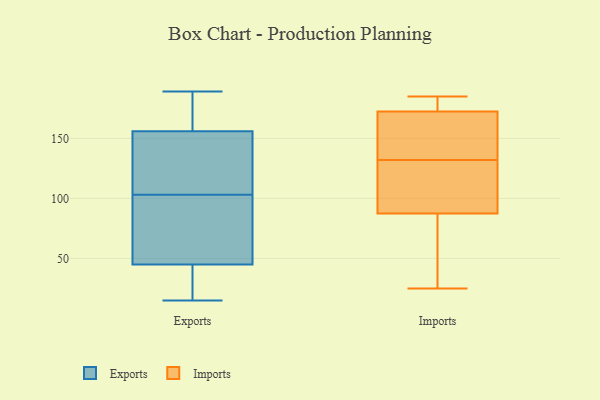
{"axis": {"x": "Website Visitors", "y": "Value"}, "legend": ["Exports", "Imports"], "data": [{"x": "", "y": 189, "type": "Exports"}, {"x": "", "y": 15, "type": "Exports"}, {"x": "", "y": 164, "type": "Exports"}, {"x": "", "y": 181, "type": "Exports"}, {"x": "", "y": 126, "type": "Exports"}, {"x": "", "y": 87, "type": "Exports"}, {"x": "", "y": 147, "type": "Exports"}, {"x": "", "y": 17, "type": "Exports"}, {"x": "", "y": 45, "type": "Exports"}, {"x": "", "y": 156, "type": "Exports"}, {"x": "", "y": 39, "type": "Exports"}, {"x": "", "y": 119, "type": "Exports"}, {"x": "", "y": 86, "type": "Exports"}, {"x": "", "y": 77, "type": "Exports"}, {"x": "", "y": 87, "type": "Imports"}, {"x": "", "y": 89, "type": "Imports"}, {"x": "", "y": 115, "type": "Imports"}, {"x": "", "y": 41, "type": "Imports"}, {"x": "", "y": 132, "type": "Imports"}, {"x": "", "y": 168, "type": "Imports"}, {"x": "", "y": 164, "type": "Imports"}, {"x": "", "y": 174, "type": "Imports"}, {"x": "", "y": 113, "type": "Imports"}, {"x": "", "y": 174, "type": "Imports"}, {"x": "", "y": 162, "type": "Imports"}, {"x": "", "y": 25, "type": "Imports"}, {"x": "", "y": 184, "type": "Imports"}, {"x": "", "y": 38, "type": "Imports"}, {"x": "", "y": 185, "type": "Imports"}]}